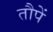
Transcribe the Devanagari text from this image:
तौपें